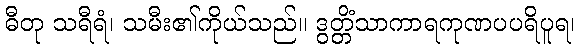
ဓီတု သရီရံ၊ သမီး၏ကိုယ်သည်။ ဒွတ္တိံသာကာရကုဏပပရိပူရ၊